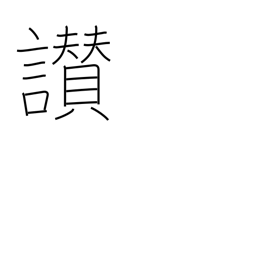
Meaning: praise